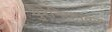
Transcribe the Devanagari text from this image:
युरेनियमवर